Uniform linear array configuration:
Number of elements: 4
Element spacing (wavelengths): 0.75
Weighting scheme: binomial
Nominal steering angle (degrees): -60
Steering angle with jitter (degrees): -58.591
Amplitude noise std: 0.05
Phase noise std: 0.05

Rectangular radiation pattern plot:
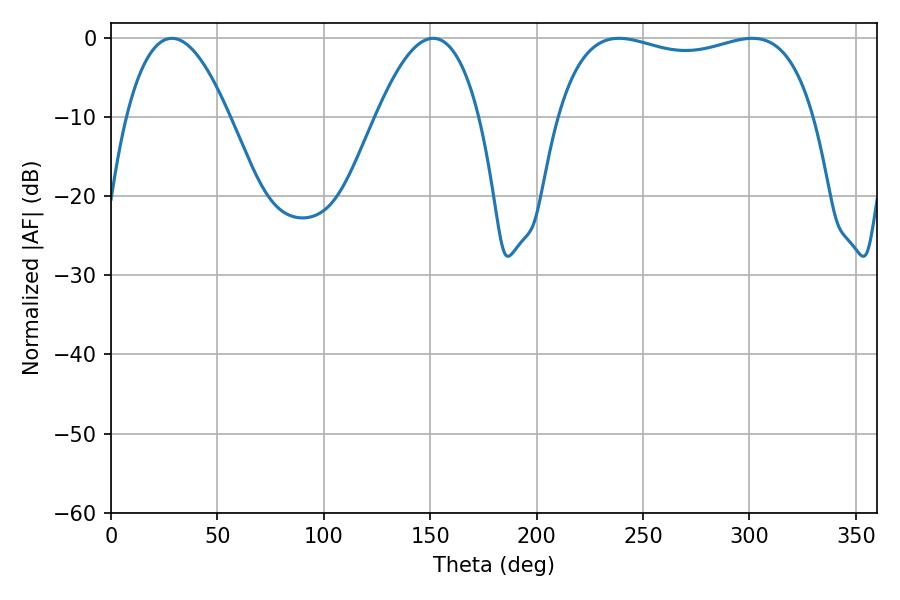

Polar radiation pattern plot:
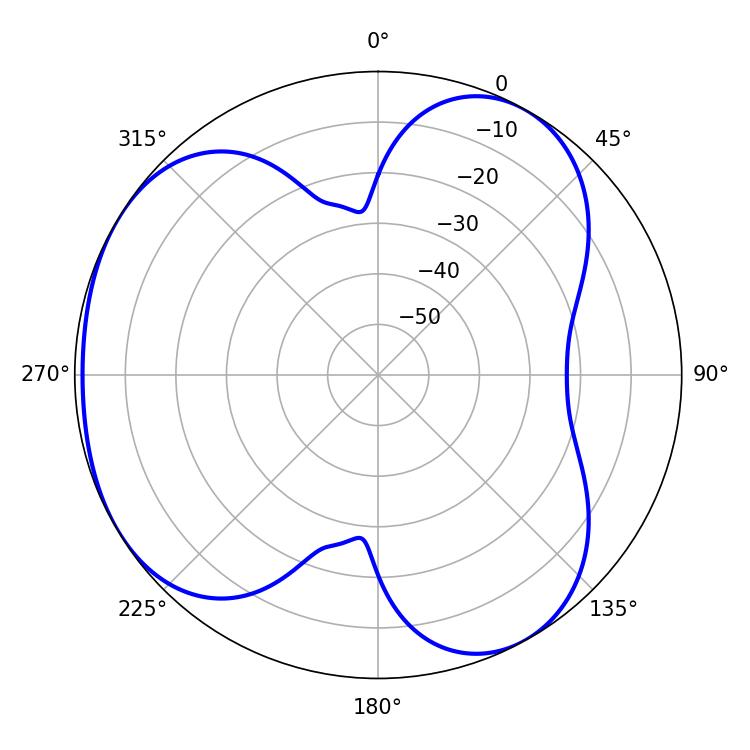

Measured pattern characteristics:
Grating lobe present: TRUE
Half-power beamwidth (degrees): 98.28
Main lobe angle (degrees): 238.68